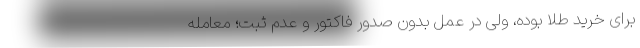
برای خرید طلا بوده، ولی در عمل بدون صدور فاکتور و عدم ثبت؛ معامله